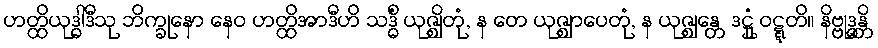
ဟတ္ထိယုဒ္ဓါဒီသု ဘိက္ခုနော နေဝ ဟတ္ထိအာဒီဟိ သဒ္ဓိံ ယုဇ္ဈိတုံ, န တေ ယုဇ္ဈာပေတုံ, န ယုဇ္ဈန္တေ ဒဋ္ဌုံ ဝဋ္ဋတိ။ နိဗ္ဗုဒ္ဓန္တိ